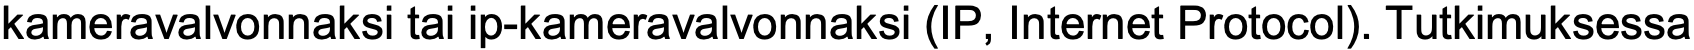
kameravalvonnaksi tai ip-kameravalvonnaksi (IP, Internet Protocol). Tutkimuksessa